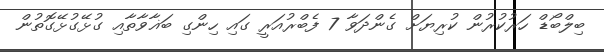
ބިލްބޯޑް ހަރުކުރުން ކުރިޔަށް ގެންދަވާ 7 ފެބްރުއަރީ ގައި ހިންގި ބަޣާވާތާއި ގުޅޭގުޅޭގޮތުން